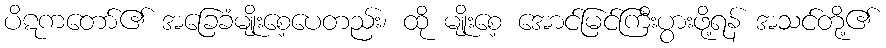
ပိဋကတော်၏ အခြေခံမျိုးစေ့ပေတည်း၊ ထို မျိုးစေ့ အောင်မြင်ကြီးပွားဖို့ရန် အသင်တို့၏